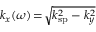
k _ { x } ( \omega ) \! = \! \sqrt { k _ { \mathrm { s p } } ^ { 2 } - k _ { y } ^ { 2 } }